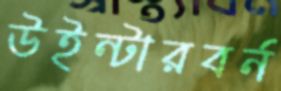
উইন্টারবর্ন